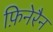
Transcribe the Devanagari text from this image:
फ़िनेरैन